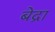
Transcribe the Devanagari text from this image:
बेद्रा